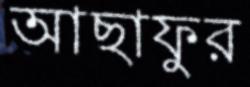
আছাফুর